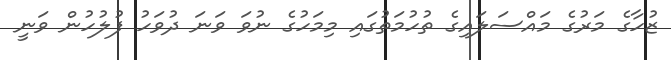
ޒުހާގެ މަރުގެ މައްސަލައިގެ ތުހުމަތުގައި މިމަހުގެ ނުވަ ވަނަ ދުވަހު ފުލުހުން ވަނީ